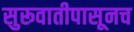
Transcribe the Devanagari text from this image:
सुरूवातीपासूनच